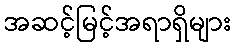
အဆင့်မြင့်အရာရှိများ